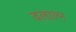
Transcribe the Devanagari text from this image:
वलाल्न